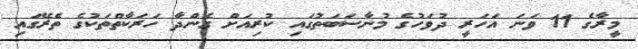
މީރާގެ 11 ވަނަ އަހަރީ ދުވަހުގެ މުނާސަބަތުގައި ކުރިއަށް ގެންދާ ހަރަކާތްތަކުގެ ތެރޭގައި